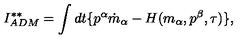
I _ { A D M } ^ { \ast \ast } = \int d t \{ p ^ { \alpha } \dot { m } _ { \alpha } - H ( m _ { \alpha } , p ^ { \beta } , \tau ) \} ,